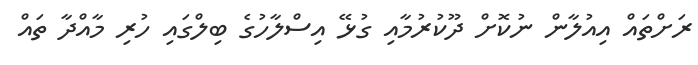
ރަށްތައް އިއުލާން ނުކޮށް ދޫކުރުމާއި ގުޅޭ އިސްލާހުގެ ބިލްގައި ހުރި މާއްދާ ތައް